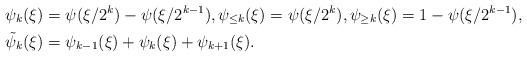
LaTeX: \begin{align*}\psi_k(\xi)&=\psi(\xi/2^k)-\psi(\xi/2^{k-1}), \psi_{\leq k}(\xi)=\psi(\xi/2^k),\psi_{\geq k}(\xi)=1-\psi(\xi/2^{k-1}),\\\tilde\psi_k(\xi)&=\psi_{k-1}(\xi)+\psi_k(\xi)+\psi_{k+1}(\xi).\end{align*}